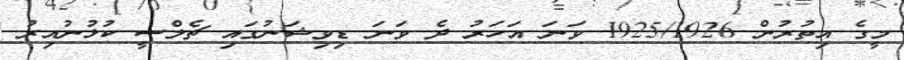
މީގެ އިތުރުން 1925/1926 ވަނަ އަހަރު ދެ ވަނަ ޑިވިޝަނުގައި ޗެލްސީ ކުޅުނުއިރު